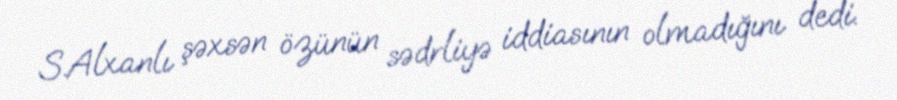
S.Alxanlı şəxsən özünün sədrliyə iddiasının olmadığını dedi.